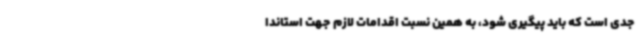
جدی است که باید پیگیری شود، به همین نسبت اقدامات لازم جهت استاندا